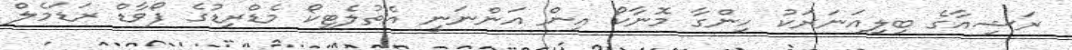
ރަޝިއާގެ ބިލިއަނަރަކު ހިންގާ މޮނާކޯ އިން އަންނަނީ އެތުލެޓިކޯ މެޑްރިޑުގެ ފޯވާޑް ރަޑަމެލް